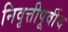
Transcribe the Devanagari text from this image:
निवृत्तीपूर्वीच